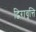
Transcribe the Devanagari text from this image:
द्विरावृत्ति